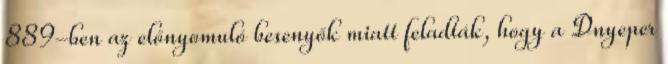
889-ben az előnyomuló besenyők miatt feladták, hogy a Dnyeper